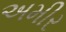
અમીર